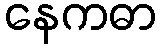
နေကဓာ